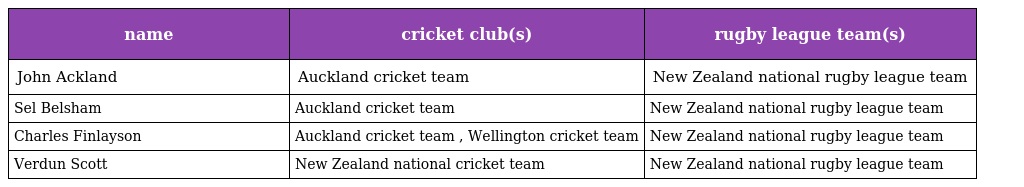
| name | cricket club(s) | rugby league team(s) |
 | --- | --- | --- |
 | John Ackland | Auckland cricket team | New Zealand national rugby league team |
 | Sel Belsham | Auckland cricket team | New Zealand national rugby league team |
 | Charles Finlayson | Auckland cricket team , Wellington cricket team | New Zealand national rugby league team |
 | Verdun Scott | New Zealand national cricket team | New Zealand national rugby league team |